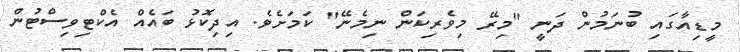
މީޑިއާގައި ބުނަމުން ދަނީ "މިރޭ މިވެރިކަން ނިމެނޭ" ކަމަށެވެ. އިދިކޮޅު ބައެއް އެކްޓިވިސްޓުން